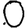
Digit: 0